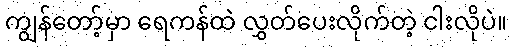
ကျွန်တော့်မှာ ရေကန်ထဲ လွှတ်ပေးလိုက်တဲ့ ငါးလိုပဲ။